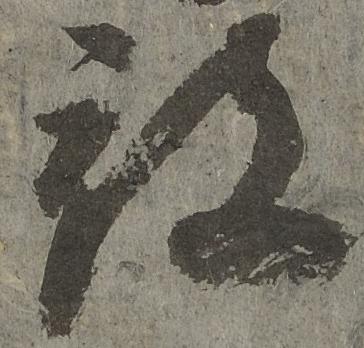
被